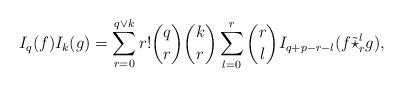
LaTeX: \begin{align*}I_{q}(f)I_{k}(g)=\sum_{r=0}^{q\vee k}r!{\binom q r}{\binom k r}\sum_{l=0}^{r}{\binom r l}I_{q+p-r-l}(f \tilde \star_{r}^{l}g),\end{align*}